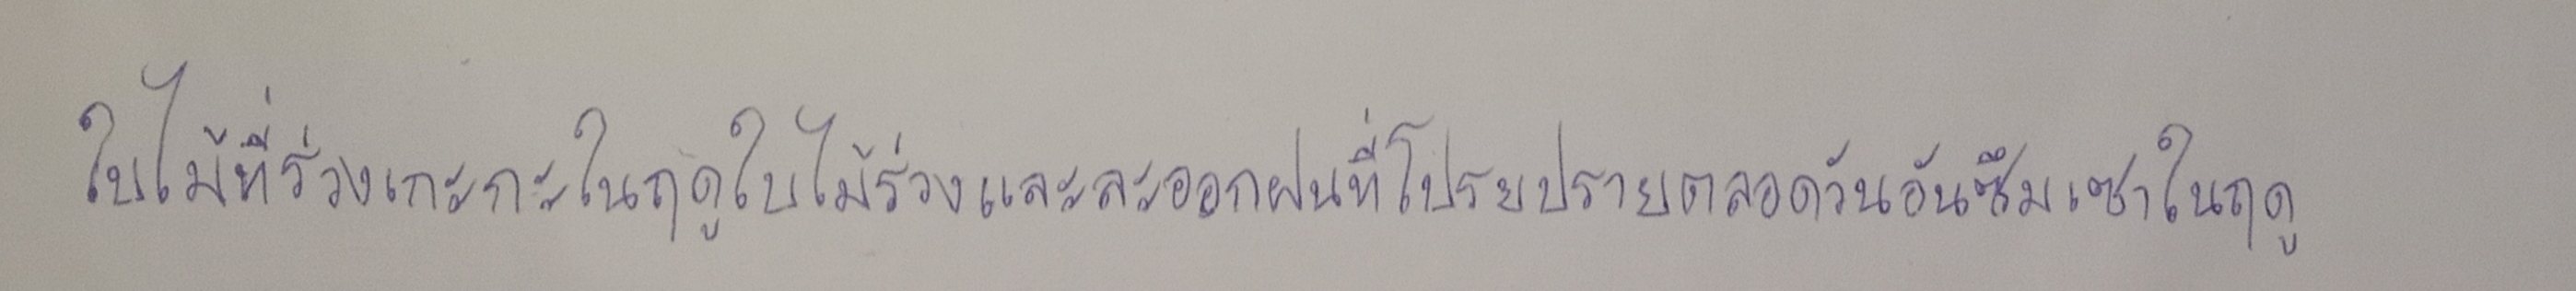
ใบไม้ที่ร่วงเกะกะในฤดูใบไม้ร่วงและละออกฝนที่โปรยปรายตลอดวันอันซึมเซาในฤดู